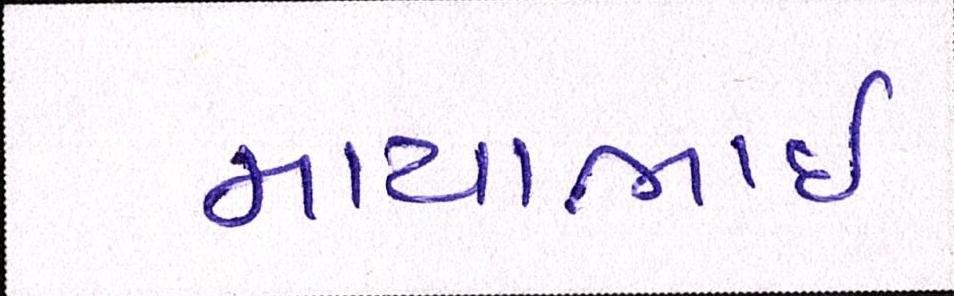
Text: માયાભાઇ